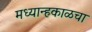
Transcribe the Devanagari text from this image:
मध्यान्हकाळचा